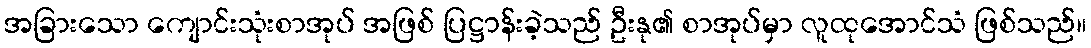
အခြားသော ကျောင်းသုံးစာအုပ် အဖြစ် ပြဋ္ဌာန်းခဲ့သည် ဦးနု၏ စာအုပ်မှာ လူထုအောင်သံ ဖြစ်သည်။